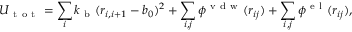
U _ { \mathrm { ~ t ~ o ~ t ~ } } = \sum _ { i } k _ { \mathrm { ~ b ~ } } ( r _ { i , i + 1 } - b _ { 0 } ) ^ { 2 } + \sum _ { i , j } \phi ^ { \mathrm { ~ v ~ d ~ w ~ } } ( r _ { i j } ) + \sum _ { i , j } \phi ^ { \mathrm { ~ e ~ l ~ } } ( r _ { i j } ) ,